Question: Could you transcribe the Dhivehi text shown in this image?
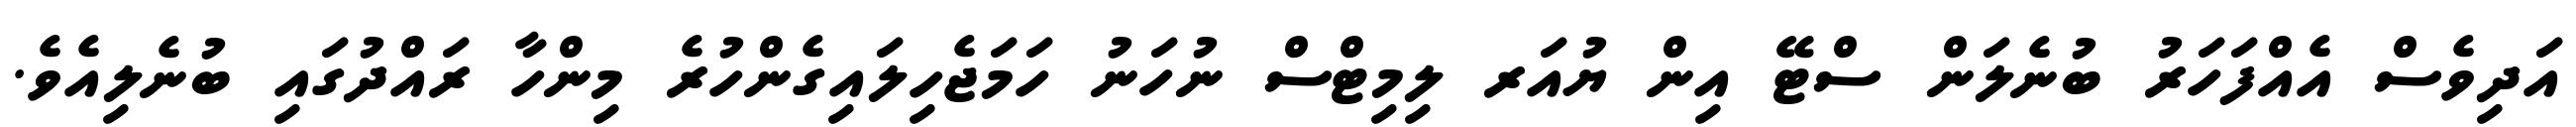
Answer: އަދިވެސް އެއްފަހަރު ބުނެލަން ސްޓޭ އިން ޔުއަރ ލިމިޓްސް ނުހަނު ހަމަޖެހިލައިގެންހުރެ މިންހާ ރައްދުގައި ބުނެލިއެވެ.